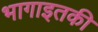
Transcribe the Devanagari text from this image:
भागाइतकी